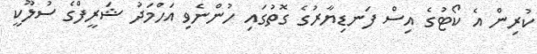
ކުރިން އެ ކޯޓުގެ އިސް ފަނޑިޔާރުގެ ގޮތުގައި ހުންނެވި އަހްމަދު ޝަރީފްގެ ސުލޫކީ